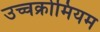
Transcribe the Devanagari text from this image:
उच्चक्रोमियम